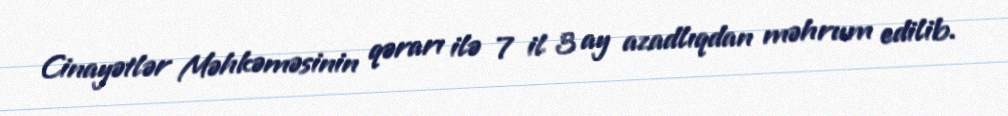
Cinayətlər Məhkəməsinin qərarı ilə 7 il 3 ay azadlıqdan məhrum edilib.